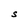
Character: S